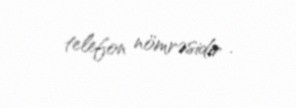
telefon nömrəsidir .